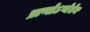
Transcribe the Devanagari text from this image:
प्राणोऽप्येतेन